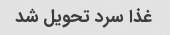
غذا سرد تحویل شد